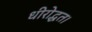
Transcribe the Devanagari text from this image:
धीरोद्धत।